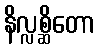
နိလ္လစ္ဆိတော